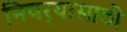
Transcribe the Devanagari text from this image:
निचर्‍यासाठी